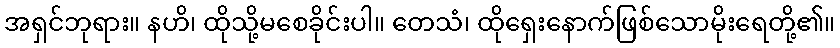
အရှင်ဘုရား။ နဟိ၊ ထိုသို့မစေခိုင်းပါ။ တေသံ၊ ထိုရှေးနောက်ဖြစ်သောမိုးရေတို့၏။